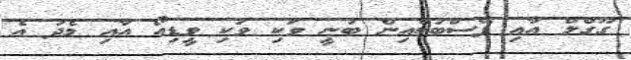
ގޫގްލް އާއި ފޭސްބުކްއިން ބުނީ ވަކި ވަކި ވީޑިއޯ އާއި މެދު އެ